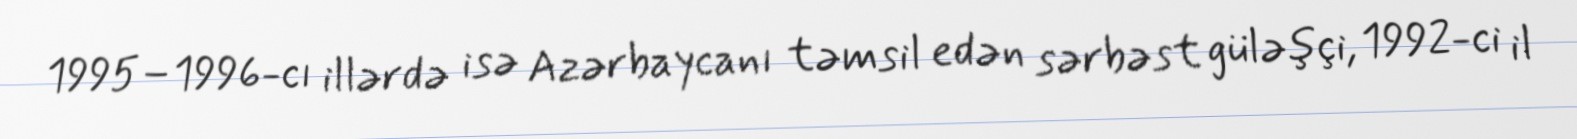
1995–1996-cı illərdə isə Azərbaycanı təmsil edən sərbəst güləşçi, 1992-ci il